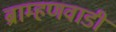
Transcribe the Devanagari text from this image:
ब्राम्हणवाडी